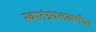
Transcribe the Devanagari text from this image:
स्वातंत्र्यलक्ष्मीस